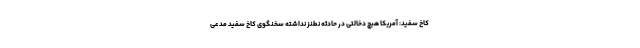
کاخ سفید: آمریکا هیچ دخالتی در حادثه نطنز نداشته سخنگوی کاخ سفید مدعی